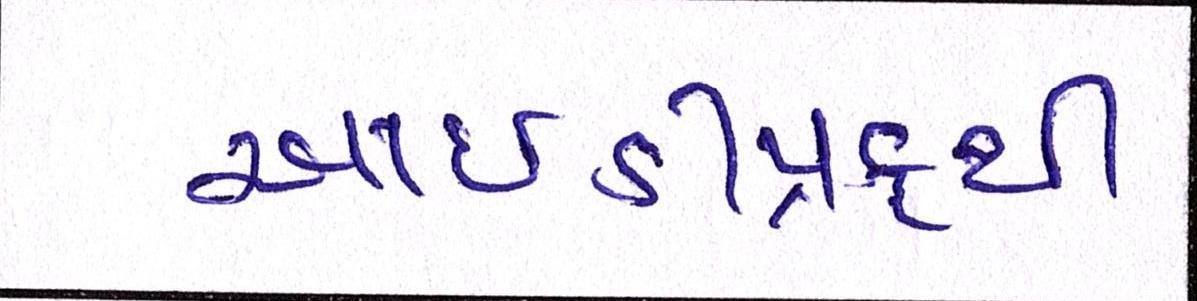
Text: આઇડીપ્રુફથી